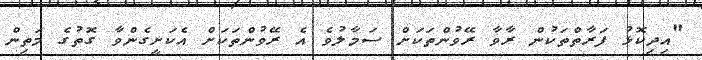
"އިދިކޮޅު ފަރާތްތަކުން ރާވާ ރޭވުންތަކަށް ސަމާލުވެ އެ ރޭވުންތަކަށް އެކަށީގެންވާ ގޮތުގެ މަތިން